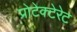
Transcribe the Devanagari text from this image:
प्रोटेक्टेरेट